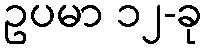
ဥပမာ ၁၂-ခု